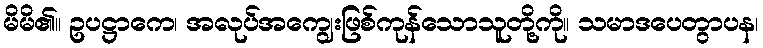
မိမိ၏။ ဥပဋ္ဌာကေ၊ အလုပ်အကျွေးဖြစ်ကုန်သောသူတို့ကို။ သမာဒပေတွာပန၊